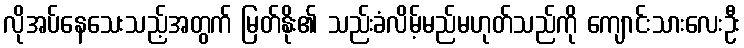
လိုအပ်နေသေးသည့်အတွက် မြတ်နိုး၏ သည်းခံလိမ့်မည်မဟုတ်သည်ကို ကျောင်းသားလေးဦး